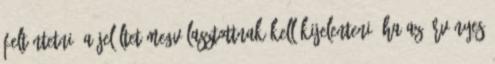
feltüntetni. A jelöltet megválasztottnak kell kijelenteni, ha az érvényes